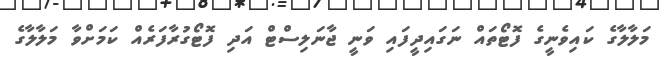
މަލާލާގެ ކައިވެނީގެ ފޮޓޯތައް ނަގައިދީފައި ވަނީ ޖާނަލިސްޓް އަދި ފޮޓޯގުރާފަރެއް ކަމަށްވާ މަލާލާގެ